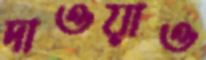
দাওয়াও